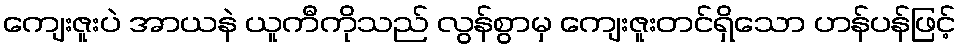
ကျေးဇူးပဲ အာယနဲ ယူကီကိုသည် လွန်စွာမှ ကျေးဇူးတင်ရှိသော ဟန်ပန်ဖြင့်